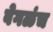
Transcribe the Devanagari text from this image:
वेगळंच